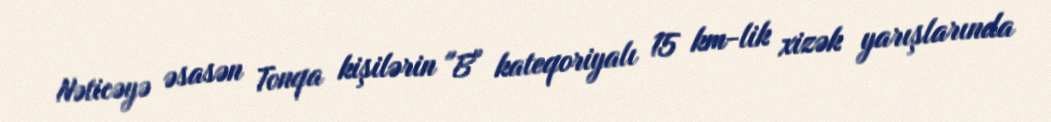
Nəticəyə əsasən Tonqa kişilərin "B" kateqoriyalı 15 km-lik xizək yarışlarında